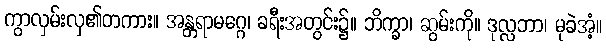
ကွာလှမ်းလှ၏တကား။ အန္တရာမဂ္ဂေ၊ ခရီးအတွင်း၌။ ဘိက္ခာ၊ ဆွမ်းကို။ ဒုလ္လဘာ၊ မုခဲအံ့။